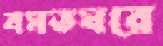
বসতঘরে